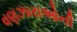
વણઝારાઓની